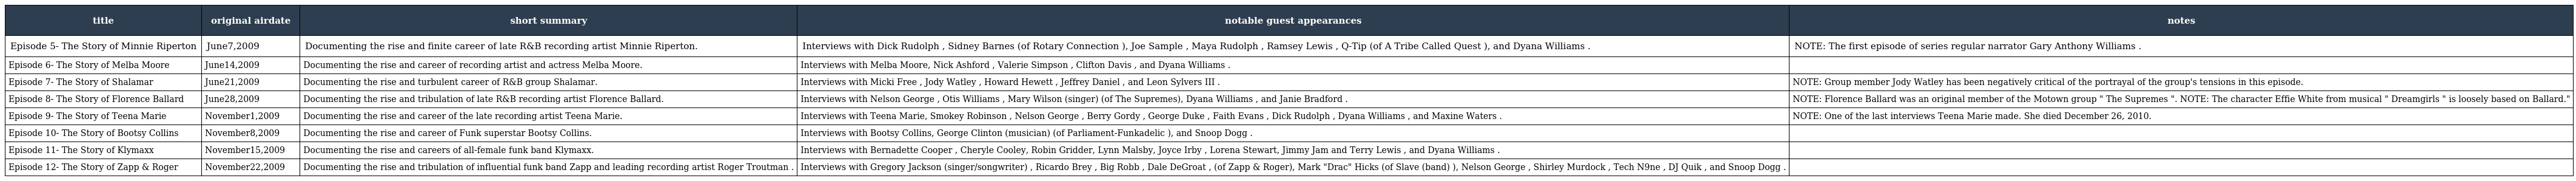
| title | original airdate | short summary | notable guest appearances | notes |
 | --- | --- | --- | --- | --- |
 | Episode 5- The Story of Minnie Riperton | June7,2009 | Documenting the rise and finite career of late R&B recording artist Minnie Riperton. | Interviews with Dick Rudolph , Sidney Barnes (of Rotary Connection ), Joe Sample , Maya Rudolph , Ramsey Lewis , Q-Tip (of A Tribe Called Quest ), and Dyana Williams . | NOTE: The first episode of series regular narrator Gary Anthony Williams . |
 | Episode 6- The Story of Melba Moore | June14,2009 | Documenting the rise and career of recording artist and actress Melba Moore. | Interviews with Melba Moore, Nick Ashford , Valerie Simpson , Clifton Davis , and Dyana Williams . |  |
 | Episode 7- The Story of Shalamar | June21,2009 | Documenting the rise and turbulent career of R&B group Shalamar. | Interviews with Micki Free , Jody Watley , Howard Hewett , Jeffrey Daniel , and Leon Sylvers III . | NOTE: Group member Jody Watley has been negatively critical of the portrayal of the group's tensions in this episode. |
 | Episode 8- The Story of Florence Ballard | June28,2009 | Documenting the rise and tribulation of late R&B recording artist Florence Ballard. | Interviews with Nelson George , Otis Williams , Mary Wilson (singer) (of The Supremes), Dyana Williams , and Janie Bradford . | NOTE: Florence Ballard was an original member of the Motown group " The Supremes ". NOTE: The character Effie White from musical " Dreamgirls " is loosely based on Ballard." |
 | Episode 9- The Story of Teena Marie | November1,2009 | Documenting the rise and career of the late recording artist Teena Marie. | Interviews with Teena Marie, Smokey Robinson , Nelson George , Berry Gordy , George Duke , Faith Evans , Dick Rudolph , Dyana Williams , and Maxine Waters . | NOTE: One of the last interviews Teena Marie made. She died December 26, 2010. |
 | Episode 10- The Story of Bootsy Collins | November8,2009 | Documenting the rise and career of Funk superstar Bootsy Collins. | Interviews with Bootsy Collins, George Clinton (musician) (of Parliament-Funkadelic ), and Snoop Dogg . |  |
 | Episode 11- The Story of Klymaxx | November15,2009 | Documenting the rise and careers of all-female funk band Klymaxx. | Interviews with Bernadette Cooper , Cheryle Cooley, Robin Gridder, Lynn Malsby, Joyce Irby , Lorena Stewart, Jimmy Jam and Terry Lewis , and Dyana Williams . |  |
 | Episode 12- The Story of Zapp & Roger | November22,2009 | Documenting the rise and tribulation of influential funk band Zapp and leading recording artist Roger Troutman . | Interviews with Gregory Jackson (singer/songwriter) , Ricardo Brey , Big Robb , Dale DeGroat , (of Zapp & Roger), Mark "Drac" Hicks (of Slave (band) ), Nelson George , Shirley Murdock , Tech N9ne , DJ Quik , and Snoop Dogg . |  |